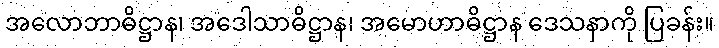
အလောဘာဓိဋ္ဌာန၊ အဒေါသာဓိဋ္ဌာန၊ အမောဟာဓိဋ္ဌာန ဒေသနာကို ပြခန်း။